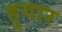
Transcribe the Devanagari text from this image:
हुगार